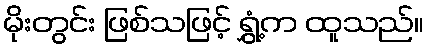
မိုးတွင်း ဖြစ်သဖြင့် ရွှံ့က ထူသည်။